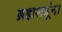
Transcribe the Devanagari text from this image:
ब्रह्मशत्रूंना